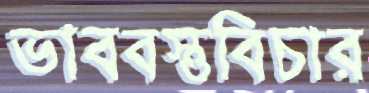
ভাববস্তুবিচার